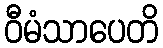
ဝီမံသာပေတိ